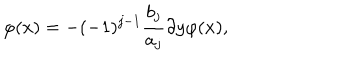
LaTeX: \varphi ( x ) = - ( - 1 ) ^ { j - 1 } \frac { b _ { j } } { a _ { j } } \partial y \varphi ( x ) ,